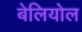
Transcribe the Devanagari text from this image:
बेलियोल